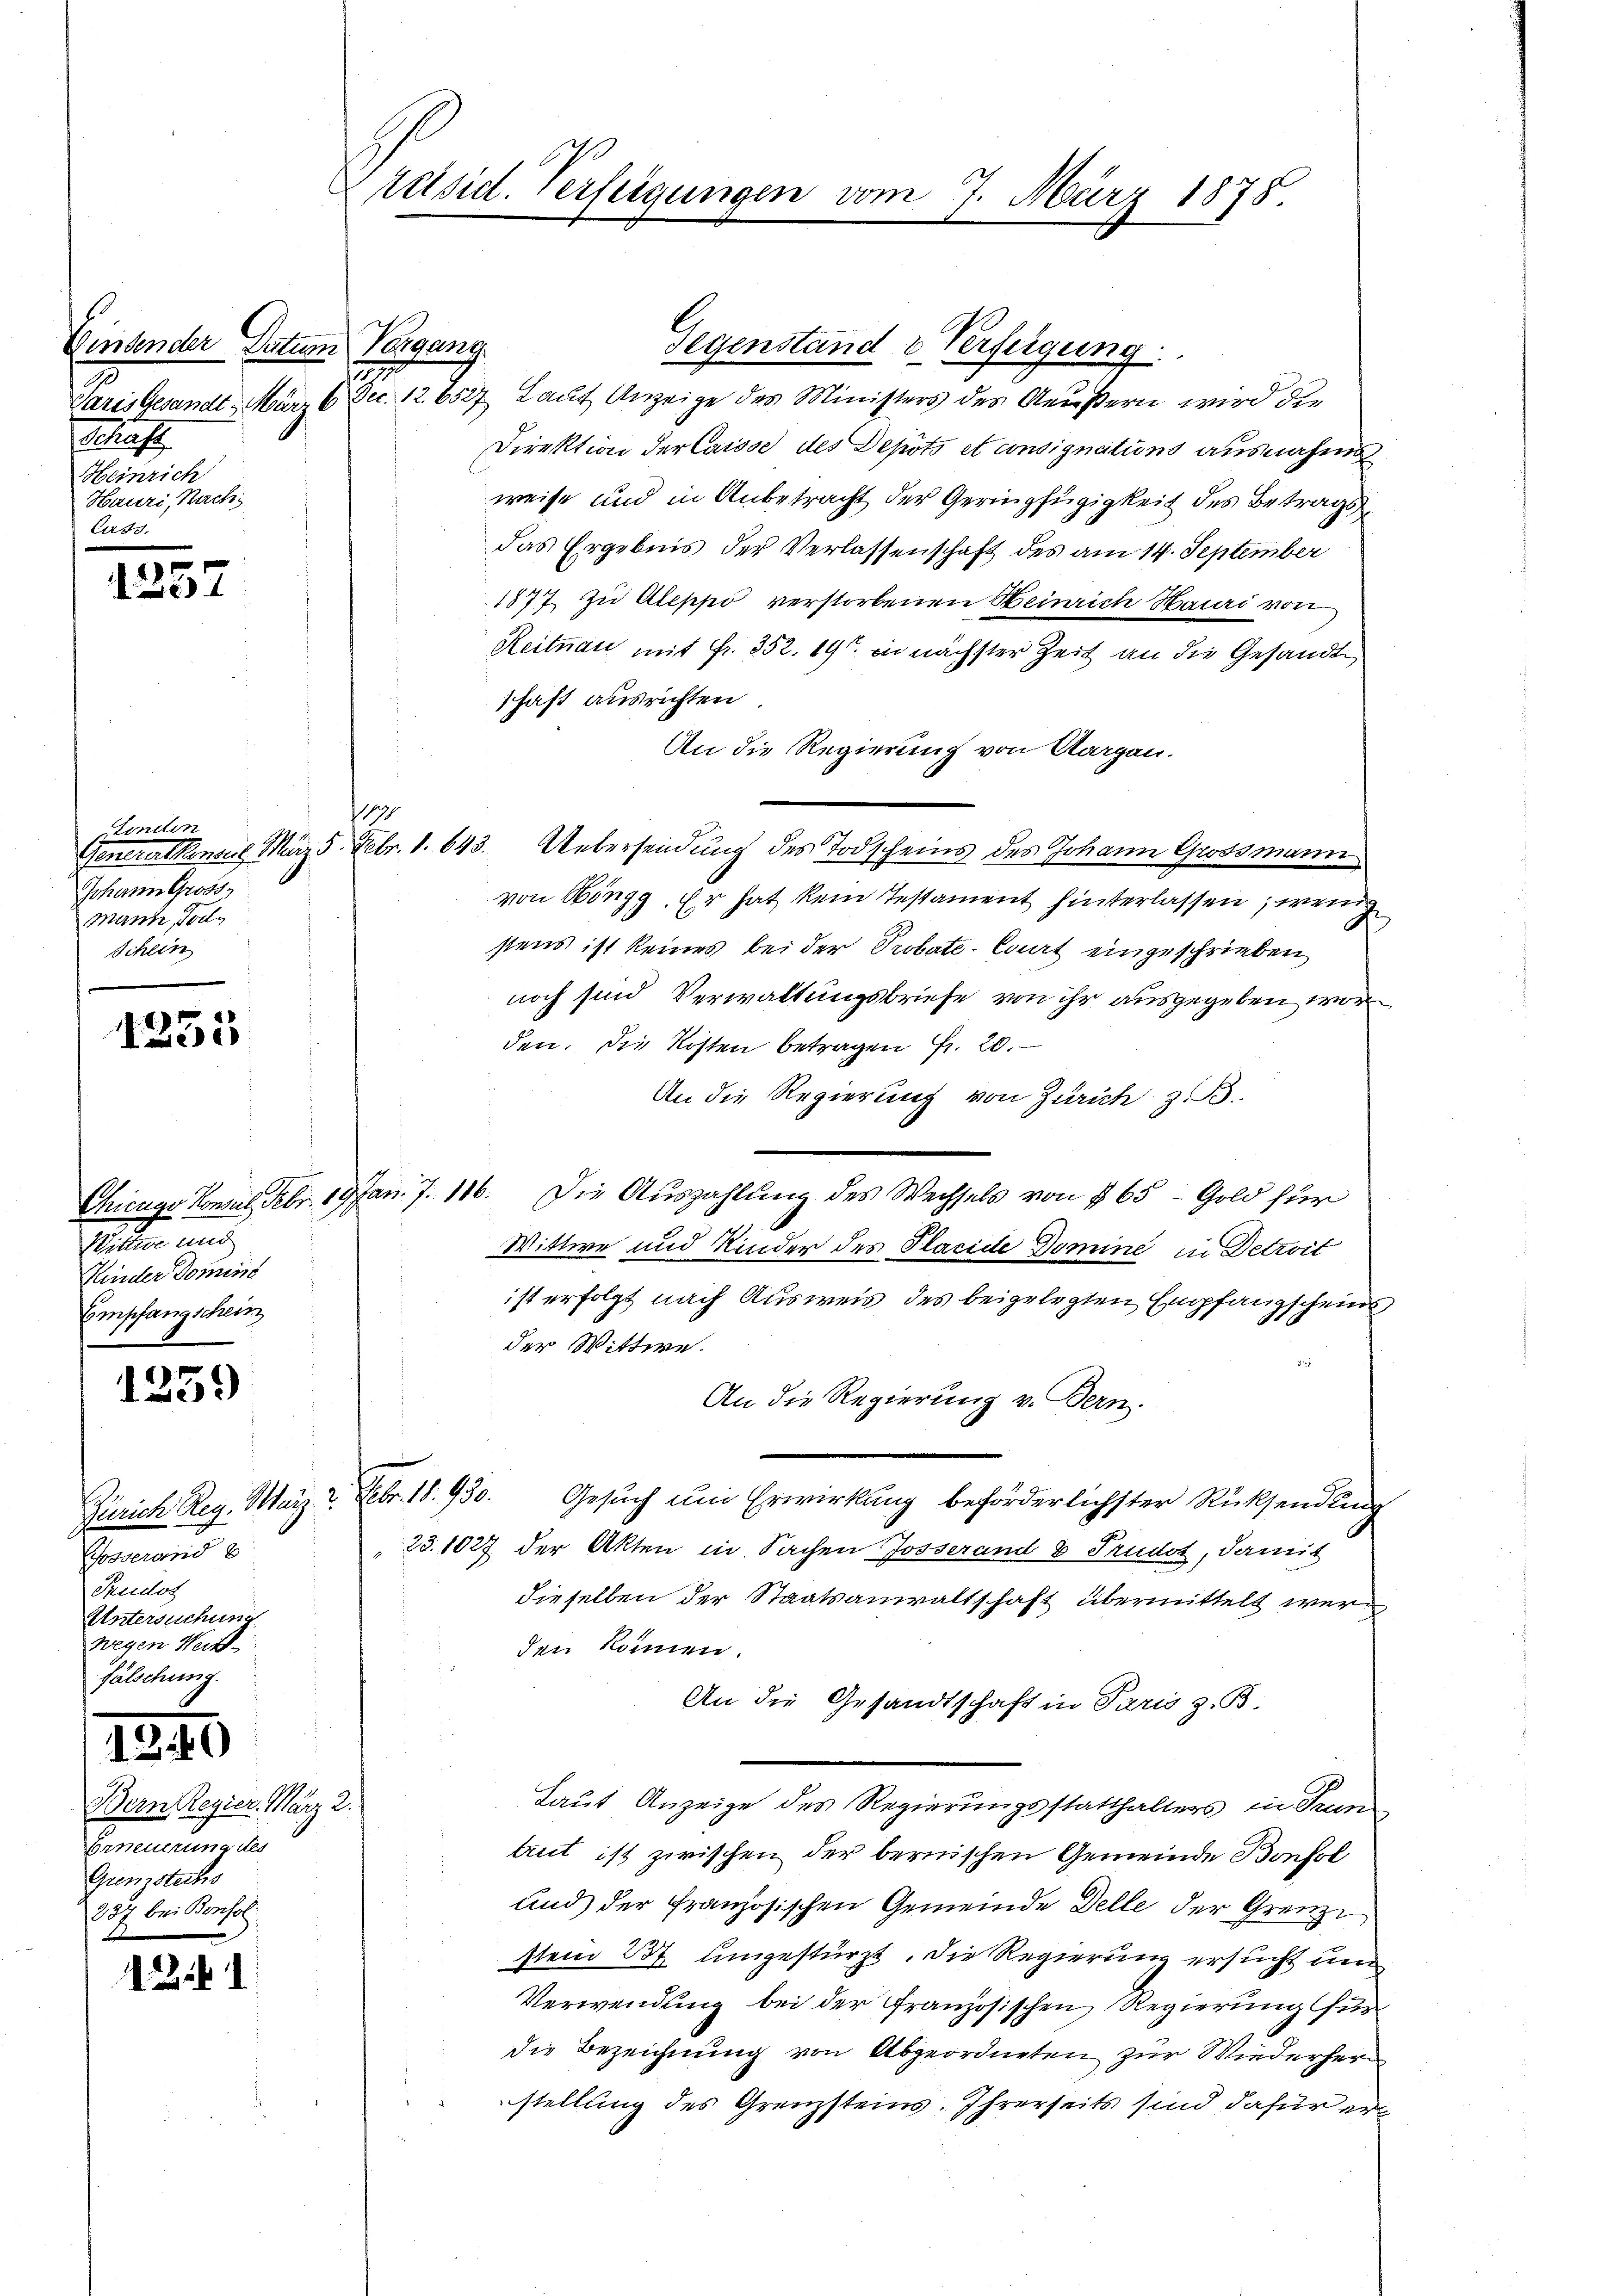
Kindender Datum Vergang.
f
Heinrich
Hauri, Nach
Cuss.

.
1251

1253

Wittwe und
Kinder Domini
Empfangschein

1259

Gosseroid 8
Pruidot
Untersuchung
wegen Her
fälschung

131

)

2

Paris Gesandt . März 6. Dec. 12. 8527 Laut Anzeige des Ministers des Aeußern wird die
Direktion der Caisse des Depots et consignations ausnahme
weise und in Anbetracht der Geringfügigkeit des Betrags
das Ergebnis der Verlassenschaft des am 14. September
1877 zu Aleppo verstorbenen Heinrich Hauri von
Reitnau mit Fr. 352. 19 in nächster Zeit an die Gesandt
schaft ausrichten.
An die Regierung von Aargau.
Generer konsul März 5. Febr. 1. 643. Uebersendung des Todscheins des Johann Grossmann
von Höngg. Er hat kein Testament hinterlassen, wenig
stens ist keines bei der Probate-Court eingeschrieben
noch sind Verwaltungsbriefe von ihr ausgegeben worden. Die Kosten betragen Fr. 20.
An die Regierung von Zürich z. B.
Chicago Consul Febr. 19 Jan. 7. 116. Die Auszahlung des Wechsels von § 65 - Gold für
Wittwe und Kinder des Placide Domine in Detroit
ist erfolgt nach Ausweis des beigelegten Empfangscheins
der Wittwe.
An die Regierung v. Bern.
Zürich Reg. März 2. Febr. 18. 930. Gesuch um Erwirkung beförderlichster Rücksendung
23.1027 der Akten in Sachen Josserand & Trudot, damit
dieselben der Staatsanwaltschaft übermittelt werden können.
An die Gesandtschaft in Paris z. B.
Laut Anzeige des Regierungsstatthalters in Trun
trut ist zwischen der bernischen Gemeinde Bonfol
und der Französischen Gemeinde Delle der Grenze
sten 237 umgestürzt. Die Regierung ersucht und
Verwendung bei der Französischen Regierung für
die Bezeichnung von Abgeordneten zur Wiederher
stellung des Grenzsteins. Ihrerseits sind dafür er

2

Linden
Johann Gross,
Mann, Tod
Schein

Bern Regier. März 2.
Erneuerung des
Grenzstechis
237 bei Bonsol

Präsid. Verfeigungen vom 7. März 1878

s

Gegenstand u Verfeigung